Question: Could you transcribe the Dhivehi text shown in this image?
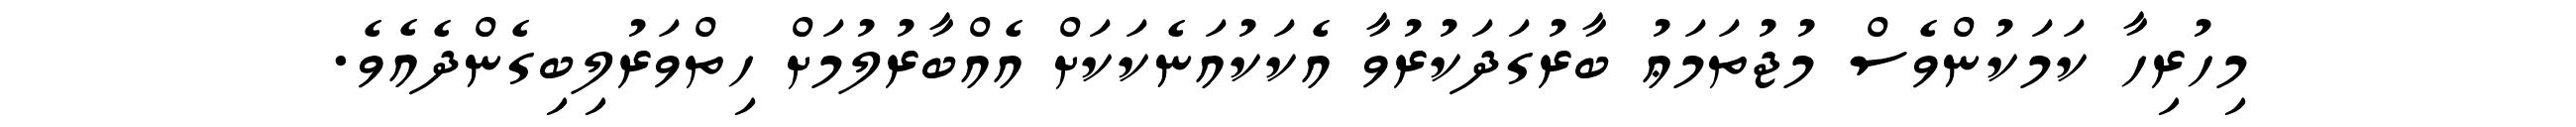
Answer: މިހުރިހާ ކަމަކުންވެސް މުޖުތަމަޢު ބާރުގަދަކުރުވާ އެކަކުއަނެކަކަށް އެއްބާރުލުމަށް ހިތްވަރުލިބިގެންދެއެވެ.